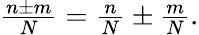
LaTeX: \begin{array}{r}{\frac{n\pm m}{N}=\frac{n}{N}\pm\frac{m}{N}.}\end{array}